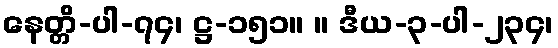
နေတ္တိ-ပါ-၇၄၊ ဋ္ဌ-၁၅၁။ ။ ဒီယ-၃-ပါ-၂၃၄၊